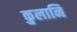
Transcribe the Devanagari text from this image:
कुलानि